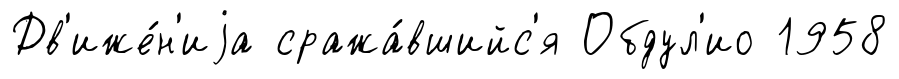
Дв'иже́н'иjа сража́вшийс'я Обдул'ио 1958